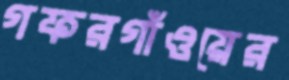
গফরগাঁওয়ের